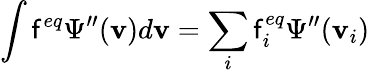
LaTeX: \int\mathsf{f}^{eq}\Psi^{\prime\prime}(\mathbf{{v}})d\mathbf{{v}}=\sum_{i}\mathsf{f}_{i}^{eq}\Psi^{\prime\prime}(\mathbf{{v}}_{i})